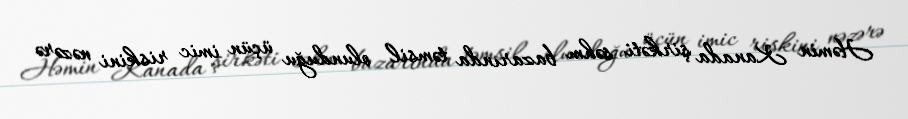
Həmin Kanada şirkəti səhm bazarında təmsil olunduğu üçün imic riskini nəzərə